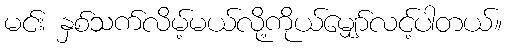
မင်း နှစ်သက်လိမ့်မယ်လို့ကိုယ်မျှော်လင့်ပါတယ်။